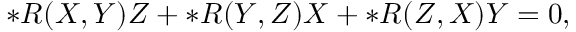
\ast R ( X , Y ) Z + \ast R ( Y , Z ) X + \ast R ( Z , X ) Y = 0 ,